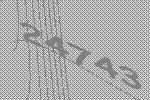
24743